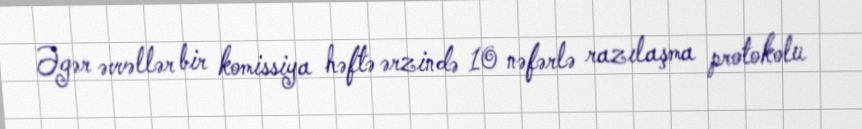
Əgər əvvəllər bir komissiya həftə ərzində 10 nəfərlə razılaşma protokolu